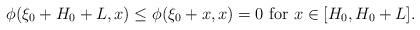
LaTeX: \begin{align*}\phi(\xi_0+H_0+L,x)\leq \phi(\xi_0+x,x)=0 \mbox{ for } x\in[H_0, H_0+L].\end{align*}